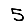
Digit: 5